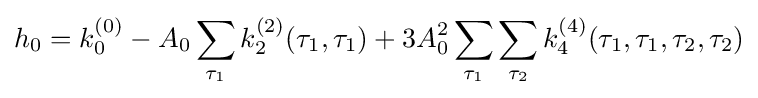
h_{0}=k_{0}^{(0)}-A_{0}\sum _{\tau _{1}}k_{2}^{(2)}(\tau _{1},\tau _{1})+3A_{0}^{2}\sum _{\tau _{1}}\sum _{\tau _{2}}k_{4}^{(4)}(\tau _{1},\tau _{1},\tau _{2},\tau _{2})